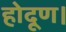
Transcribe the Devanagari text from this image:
होदूण।